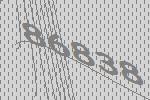
86838